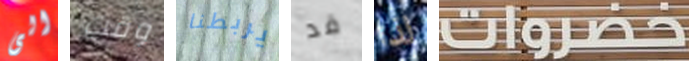
الى وقت يربطنا قد لذا خضراوات